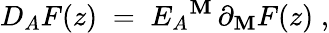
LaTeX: D_{A}F(z)\; =\; E_{A}{}^{\mathbf{M}}\, \partial_{\mathbf{M}}F(z)\; ,